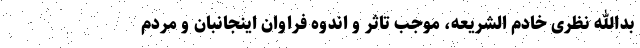
بدالله نظری خادم الشریعه، موجب تاثر و اندوه فراوان اینجانبان و مردم